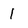
Character: 1